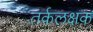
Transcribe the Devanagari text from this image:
तर्कलक्षक